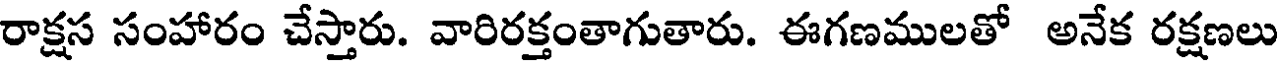
రాక్షస సంహారం చేస్తారు. వారిరక్తంతాగుతారు. ఈగణములతో అనేక రక్షణలు